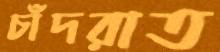
চাঁদরাত